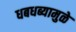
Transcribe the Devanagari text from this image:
धबधब्यामुळे